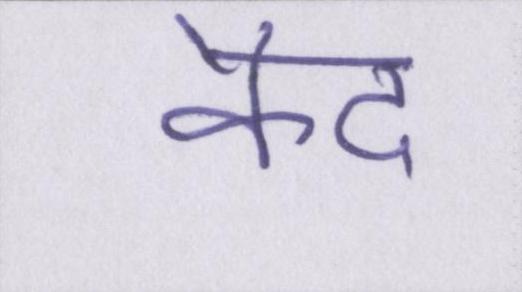
कैद